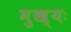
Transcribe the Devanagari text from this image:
मुख्यः